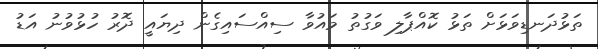
ތަޅުދަނޑިވަޅަށް ތަޅު ކޮއްޕާލި ވަގުތު މައުވާ ސިއްސައިގެން ދިޔައީ ދޮރު ހުޅުވުނު އަޑު